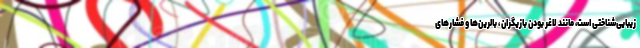
زیبایی‌شناختی است، مانند لاغر بودن بازیگران ، بالرین‌ها و فشارهای